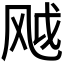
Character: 𬱸